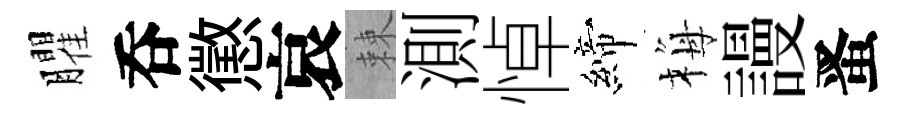
臞呑懲哀棘測悼締梅謾󱉠